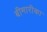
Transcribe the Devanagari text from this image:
बीमारीका